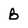
Character: B